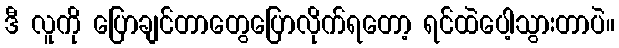
ဒီ လူကို ပြောချင်တာတွေပြောလိုက်ရတော့ ရင်ထဲပေါ့သွားတာပဲ။